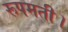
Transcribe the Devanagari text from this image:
रूपमती।